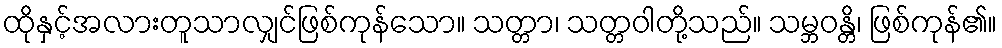
ထိုနှင့်အလားတူသာလျှင်ဖြစ်ကုန်သော။ သတ္တာ၊ သတ္တဝါတို့သည်။ သမ္ဘဝန္တိ၊ ဖြစ်ကုန်၏။